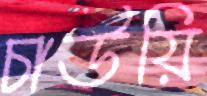
চাউয়ি